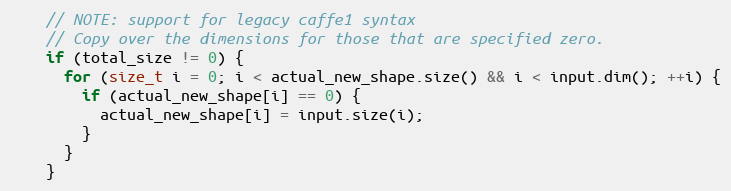
Language: C
    // NOTE: support for legacy caffe1 syntax
    // Copy over the dimensions for those that are specified zero.
    if (total_size != 0) {
      for (size_t i = 0; i < actual_new_shape.size() && i < input.dim(); ++i) {
        if (actual_new_shape[i] == 0) {
          actual_new_shape[i] = input.size(i);
        }
      }
    }